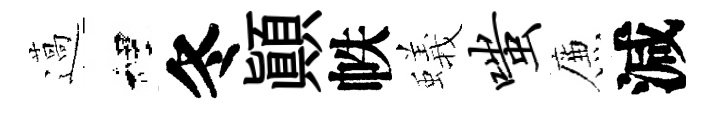
薖裡冬顚帙蟻嗤簾減